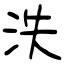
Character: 泆